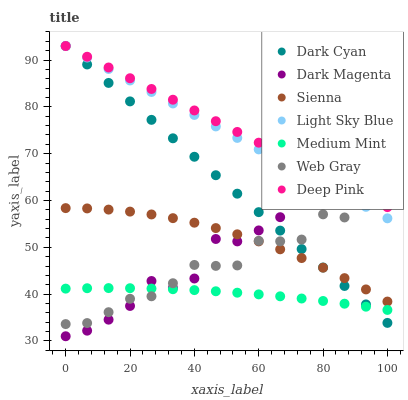
| xaxis_label | Dark Cyan | Dark Magenta | Sienna | Light Sky Blue | Medium Mint | Web Gray | Deep Pink |
 | --- | --- | --- | --- | --- | --- | --- | --- |
 | 0 | 93 | 31 | 58.4 | 93 | 41.2 | 33.6 | 93 |
 | 6.67 | 89.1 | 32.2 | 58.3 | 90.5 | 41.3 | 33.8 | 90.7 |
 | 13.3 | 85.1 | 34.5 | 58.1 | 88.1 | 41.3 | 36.1 | 88.4 |
 | 20 | 81.2 | 37.5 | 57.6 | 85.6 | 41.3 | 39 | 86.1 |
 | 26.7 | 77.2 | 42.8 | 57 | 83.2 | 41.2 | 39.5 | 83.8 |
 | 33.3 | 73.3 | 41.3 | 56.2 | 80.7 | 41 | 42.3 | 81.5 |
 | 40 | 69.3 | 43.3 | 55.3 | 78.3 | 40.9 | 46.2 | 79.2 |
 | 46.7 | 65.4 | 51.8 | 54.1 | 75.8 | 40.6 | 46 | 76.9 |
 | 53.3 | 61.5 | 51.3 | 52.8 | 73.4 | 40.3 | 46.1 | 74.6 |
 | 60 | 57.5 | 53.6 | 51.3 | 70.9 | 39.9 | 51.4 | 72.4 |
 | 66.7 | 53.6 | 56.4 | 49.6 | 68.5 | 39.5 | 51.3 | 70.1 |
 | 73.3 | 49.6 | 62.2 | 47.7 | 66 | 39.1 | 51.7 | 67.8 |
 | 80 | 45.7 | 63.3 | 45.6 | 63.6 | 38.5 | 57 | 65.5 |
 | 86.7 | 41.7 | 65.9 | 43.4 | 61.1 | 38 | 56.4 | 63.2 |
 | 93.3 | 37.8 | 66.1 | 41 | 58.6 | 37.3 | 62.1 | 60.9 |
 | 100 | 33.9 | 66.4 | 38.4 | 56.2 | 36.6 | 63.1 | 58.6 |